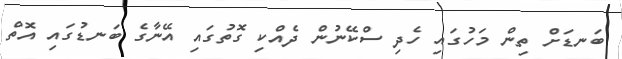
ބަނޑަށް ތިން މަހުގައި ހެދި ސްކޭނުން ދެއްކި ގޮތުގައި އޭނާގެ ބަނޑުގައި އޮތް